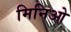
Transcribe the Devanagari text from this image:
मिनिओ